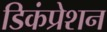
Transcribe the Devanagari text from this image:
डिकंप्रेशन